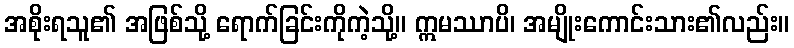
အစိုးရသူ၏ အဖြစ်သို့ ရောက်ခြင်းကိုကဲ့သို့။ ဣမဿာပိ၊ အမျိုးကောင်းသား၏လည်း။